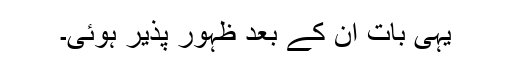
یہی بات ان کے بعد ظہور پذیر ہوئی۔